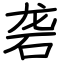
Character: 砻